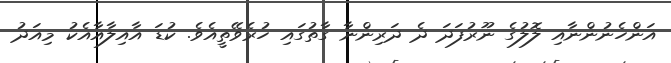
އަންހެނުންނާއި ލޮލުގެ ނޫރުފަދަ ދެ ދަރިންނާ ގާތުގައި ހުރެވޭތީއެވެ. ކުޑަ އާއިލާއާއެކު މިއަދު